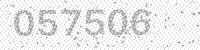
Solution: 057506